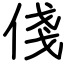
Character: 俴